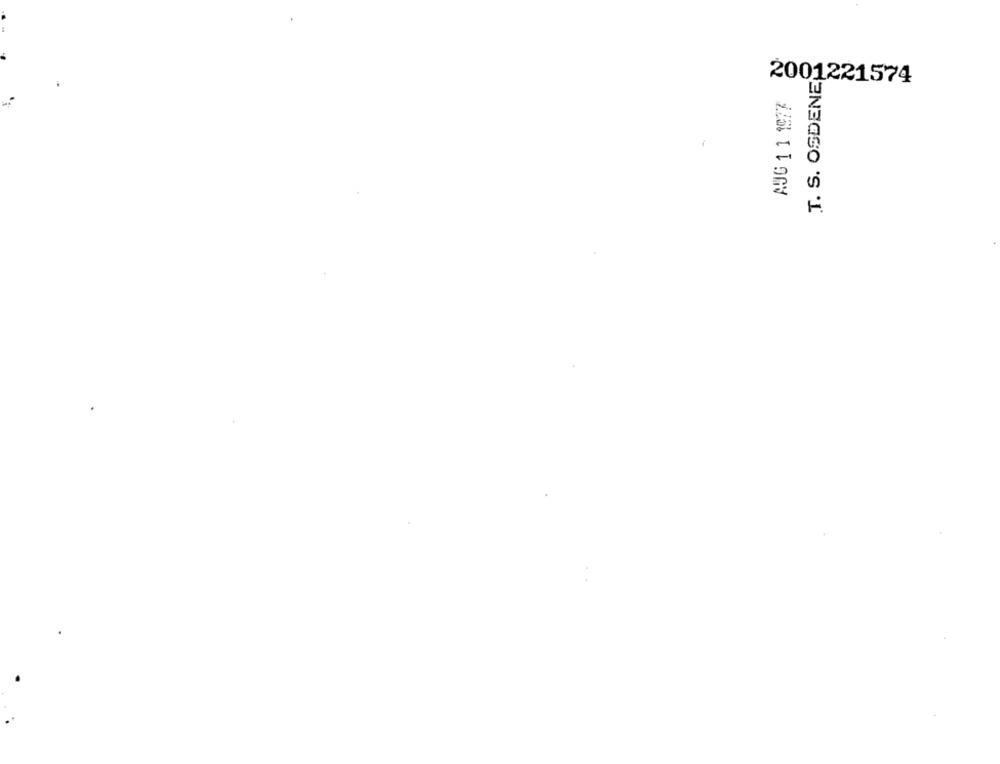
T. S. OSDENE
2001221574
AUG 1 1 1077